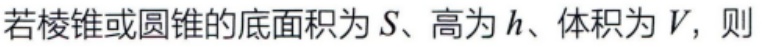
若棱锥或圆锥的底面积为\(S\)、高为\(h\)、体积为\(V\)，则